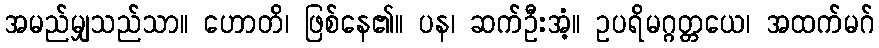
အမည်မျှသည်သာ။ ဟောတိ၊ ဖြစ်နေ၏။ ပန၊ ဆက်ဦးအံ့။ ဥပရိမဂ္ဂတ္တယေ၊ အထက်မဂ်